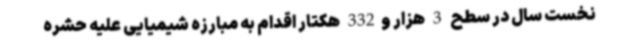
نخست سال در سطح 3 هزار و332 هکتار اقدام به مبارزه شیمیایی علیه حشره